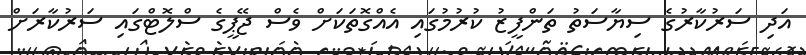
އަދި ސަަރުކާރުގެ ސިޔާސަތު ތަންފީޒު ކުރުމުގައި އެއްގޮތަކަށް ވެސް ޖޭޕީގެ ސްލޮޓްގައި ސަރުކާރަށް